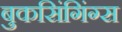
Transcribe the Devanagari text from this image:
बुकसिंगिंग्स